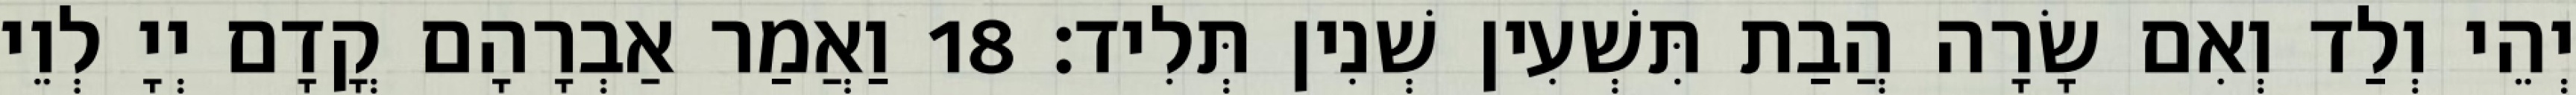
יְהֵי וְלַד וְאִם שָׂרָה הֲבַת תִּשְׁעִין שְׁנִין תְּלִיד׃ 18 וַאֲמַר אַבְרָהָם קֳדָם יְיָ לְוֵי